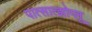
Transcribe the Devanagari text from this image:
पात्सात्झोग्लू